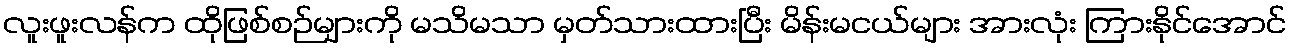
လူးဖူးလန်က ထိုဖြစ်စဉ်များကို မသိမသာ မှတ်သားထားပြီး မိန်းမငယ်များ အားလုံး ကြားနိုင်အောင်